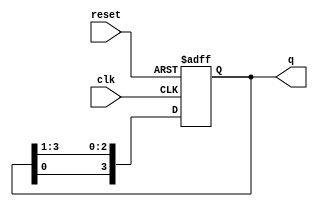
module multi_stage_ring_counter #(
    parameter N = 4  // Number of stages in the ring counter
)(
    input wire clk,     // Clock input
    input wire reset,   // Asynchronous reset
    output reg [N-1:0] q // Output representing the current state
);

    // Internal signal for feedback
    reg temp;

    // Always block for updating the state on clock edge
    always @(posedge clk or posedge reset) begin
        if (reset) begin
            // Initialize the counter to 1000...0 (1 in the first position)
            q <= 1'b1 << (N-1); // Shift '1' to the leftmost position
        end else begin
            // Shift the '1' to the right
            temp = q[0];
            q <= {temp, q[N-1:1]}; // Shift right and feedback
        end
    end

endmodule